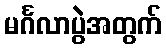
မင်္ဂလာပွဲအတွက်